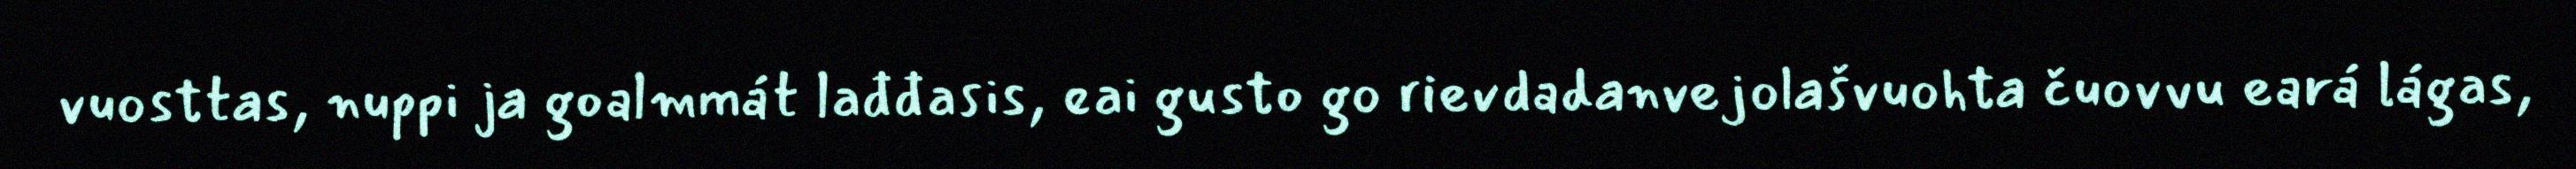
vuosttas, nuppi ja goalmmát lađđasis, eai gusto go rievdadanvejolašvuohta čuovvu eará lágas,